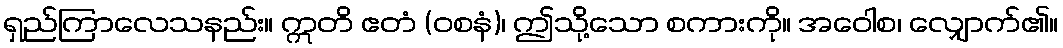
ရှည်ကြာလေသနည်း။ ဣတိ ဧတံ (ဝစနံ)၊ ဤသို့သော စကားကို။ အဝေါစ၊ လျှောက်၏။